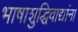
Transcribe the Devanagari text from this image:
भाषाशुद्धिवाद्यांना